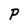
Character: P